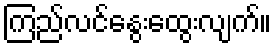
ကြည်လင်နွေးထွေးလျက်။